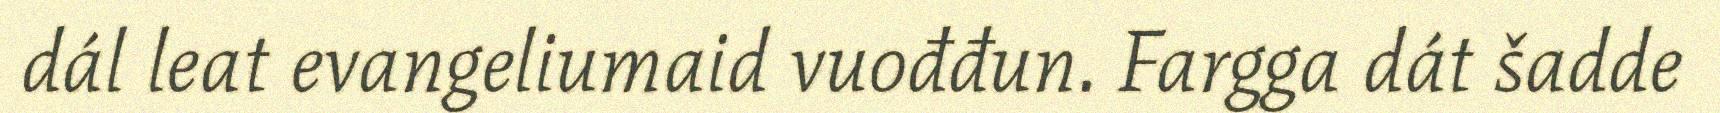
dál leat evangeliumaid vuođđun. Fargga dát šadde